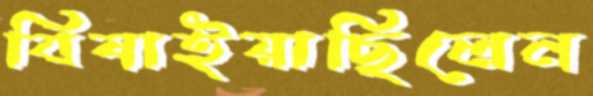
বিষাইয়াছিলেন